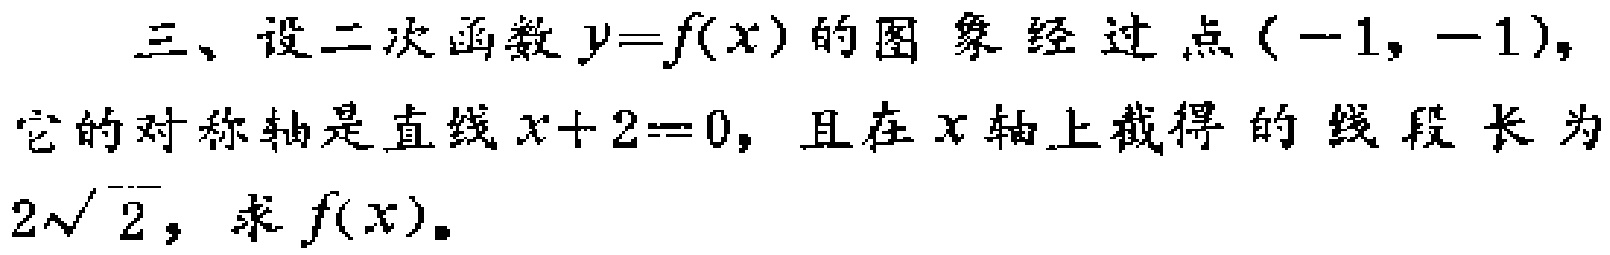
三、设二次函数$y = f(x)$的图象经过点$(-1,-1)$，它的对称轴是直线$x + 2 = 0$，且在$x$轴上截得的线段长为$2\sqrt{2}$，求$f(x)$。